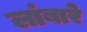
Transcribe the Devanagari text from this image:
लांबारे